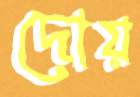
দোয়